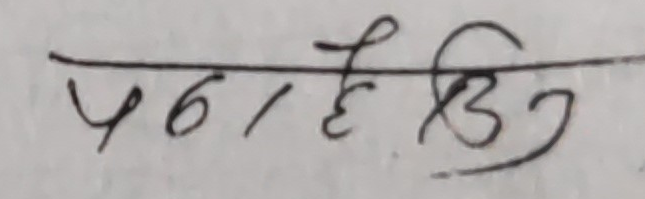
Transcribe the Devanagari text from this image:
पढा/हेऊ